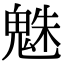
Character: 𩳅